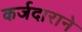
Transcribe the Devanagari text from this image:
कर्जदाराने